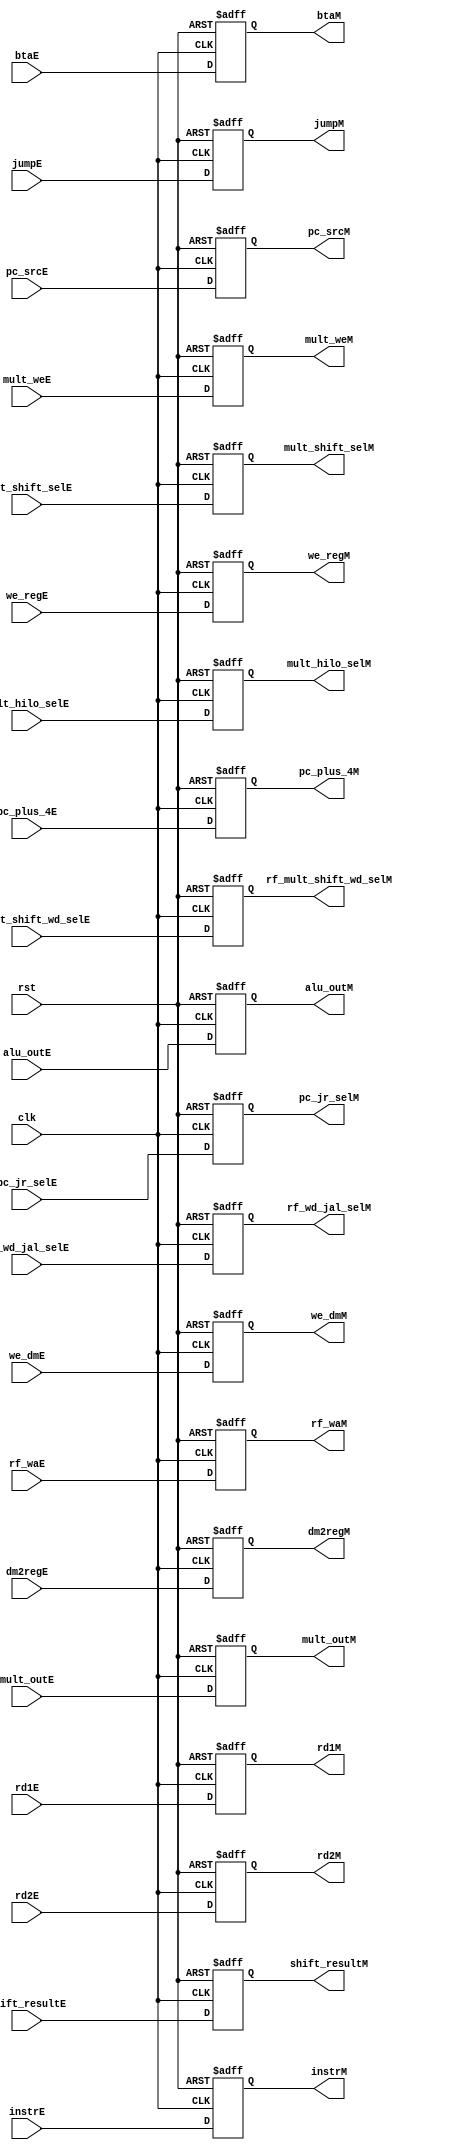
`timescale 1ns / 1ps
//////////////////////////////////////////////////////////////////////////////////
// Company: 
// Engineer: 
// 
// Design Name: 
// Module Name: EX_MEM_State_Reg
// Project Name: 
// Target Devices: 
// Tool Versions: 
// Description: 
// 
// Dependencies: 
// 
// Revision:
// Revision 0.01 - File Created
// Additional Comments:
// 
//////////////////////////////////////////////////////////////////////////////////


module EX_MEM_State_Reg (
        // Datapath
        input   wire            clk, rst,
        input   wire            pc_srcE,
        input   wire    [31:0]  alu_outE,
        input   wire    [31:0]  rd1E,
        input   wire    [31:0]  rd2E,
        input   wire    [63:0]  mult_outE,
        input   wire    [4:0]   rf_waE,
        input   wire    [31:0]  pc_plus_4E,
        input   wire    [31:0]  btaE,
        input   wire    [31:0]  shift_resultE,
        input   wire    [31:0]  instrE,
        
        output  reg             pc_srcM,
        output  reg     [31:0]  alu_outM,
        output  reg     [31:0]  rd1M,
        output  reg     [31:0]  rd2M,
        output  reg     [63:0]  mult_outM,
        output  reg     [4:0]   rf_waM,
        output  reg     [31:0]  pc_plus_4M,
        output  reg     [31:0]  btaM,
        output  reg     [31:0]  shift_resultM,
        output  reg     [31:0]  instrM,
        
        // Control Signals 
        input   wire            jumpE,
        input   wire            we_regE,
        input   wire            we_dmE,
        input   wire            dm2regE,
        input   wire            rf_wd_jal_selE,
        input   wire            mult_weE,
        input   wire            rf_mult_shift_wd_selE,
        input   wire            mult_shift_selE,
        input   wire            pc_jr_selE,
        input   wire            mult_hilo_selE,
        
        output  reg             jumpM,
        output  reg             we_regM,
        output  reg             we_dmM,
        output  reg             dm2regM,
        output  reg             rf_wd_jal_selM,
        output  reg             mult_weM,    
        output  reg             rf_mult_shift_wd_selM,
        output  reg             mult_shift_selM,
        output  reg             pc_jr_selM,
        output  reg             mult_hilo_selM 
    );
    
    always @ (posedge clk, posedge rst) begin
        if (rst) begin
            pc_srcM         <= 0;
            alu_outM        <= 0;
            rd1M            <= 0;
            rd2M            <= 0;
            mult_outM       <= 0;
            rf_waM          <= 0;
            pc_plus_4M      <= 0;
            btaM            <= 0;
            shift_resultM   <= 0;
            instrM          <= 0;
            
            jumpM           <= 0;
            we_regM         <= 0;
            we_dmM          <= 0;
            dm2regM         <= 0;
            rf_wd_jal_selM  <= 0;
            mult_weM        <= 0;
            rf_mult_shift_wd_selM   <= 0;
            mult_shift_selM <= 0;
            pc_jr_selM      <= 0;
            mult_hilo_selM  <= 0;
        end
        else begin
            pc_srcM         <= pc_srcE;
            alu_outM        <= alu_outE;
            rd1M            <= rd1E;
            rd2M            <= rd2E;
            mult_outM       <= mult_outE;
            rf_waM          <= rf_waE;
            pc_plus_4M      <= pc_plus_4E;
            btaM            <= btaE;
            shift_resultM   <= shift_resultE;
            instrM          <= instrE;
            
            jumpM           <= jumpE;
            we_regM         <= we_regE;
            we_dmM          <= we_dmE;
            dm2regM         <= dm2regE;
            rf_wd_jal_selM  <= rf_wd_jal_selE;
            mult_weM        <= mult_weE;
            rf_mult_shift_wd_selM   <= rf_mult_shift_wd_selE;
            mult_shift_selM <= mult_shift_selE;
            pc_jr_selM      <= pc_jr_selE;
            mult_hilo_selM  <= mult_hilo_selE;
        end
    end    
endmodule